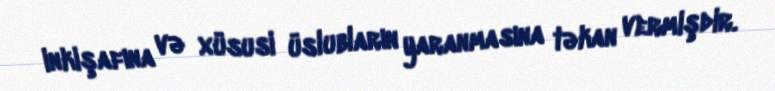
inkişafına və xüsusi üslubların yaranmasına təkan vermişdir.